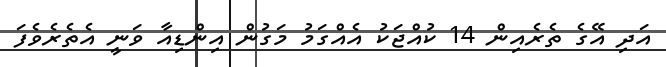
އަދި އޭގެ ތެރެއިން 14 ކުއްޖަކު އެއްގަމު މަގުން އިންޑިއާ ވަނީ އެތެރެވެފަ